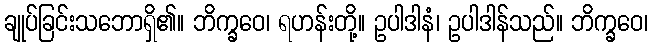
ချုပ်ခြင်းသဘောရှိ၏။ ဘိက္ခဝေ၊ ရဟန်းတို့။ ဥပါဒါနံ၊ ဥပါဒါန်သည်။ ဘိက္ခဝေ၊